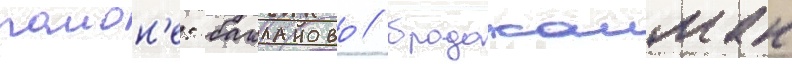
раион'е: бакланово / бродокалмак